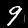
Label: 9